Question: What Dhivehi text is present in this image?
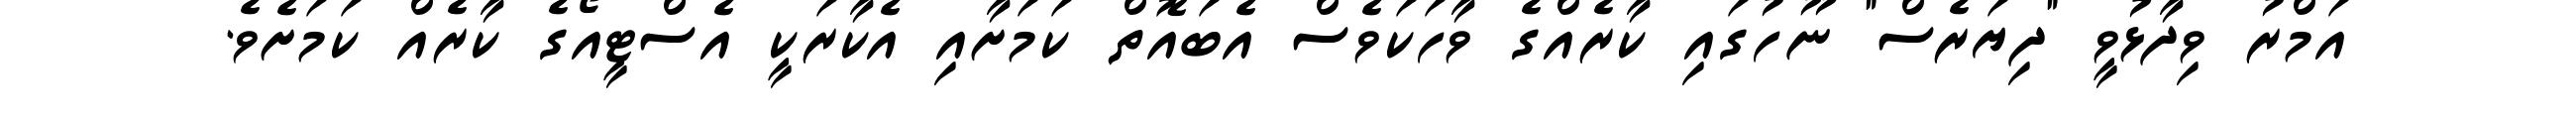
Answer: އަމްރު ވިދާޅުވީ "ދިޔަރެސް" ނޫހުގައި ކާރެއްގެ ވާހަކަވެސް އެބައޮތް ކަމަށާއި އެކާރަކީ އެސްޓީއޯގެ ކާރެއް ކަމަށެވެ.